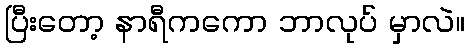
ပြီးတော့ နာရီကကော ဘာလုပ် မှာလဲ။